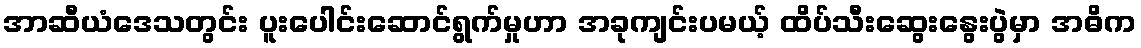
အာဆီယံဒေသတွင်း ပူးပေါင်းဆောင်ရွက်မှုဟာ အခုကျင်းပမယ့် ထိပ်သီးဆွေးနွေးပွဲမှာ အဓိက